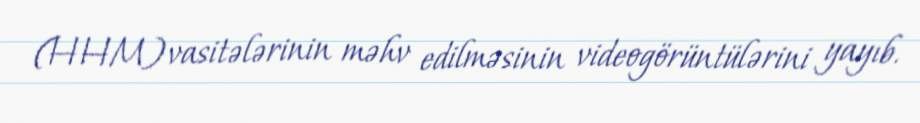
(HHM) vasitələrinin məhv edilməsinin videogörüntülərini yayıb.